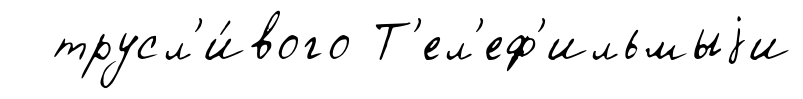
трусл'и́вого Т'ел'еф'ильмыjи